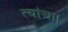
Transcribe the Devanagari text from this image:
त्यांचा।